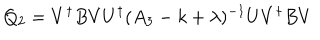
Q _ { 2 } = V ^ { \dagger } B V U ^ { \dagger } ( A _ { 3 } - k + \lambda ) ^ { - 1 } U V ^ { \dagger } B V